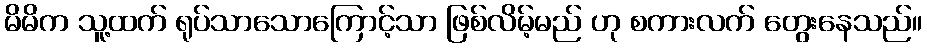
မိမိက သူ့ထက် ရုပ်သာသောကြောင့်သာ ဖြစ်လိမ့်မည် ဟု စကားလက် တွေးနေသည်။